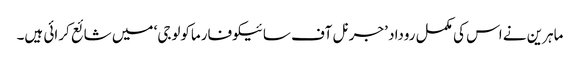
ماہرین نے اس کی مکمل روداد ’جرنل آف سائیکوفارماکولوجی‘ میں شائع کرائی ہیں۔